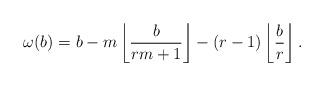
LaTeX: \begin{align*}\omega(b) = b-m\left\lfloor\frac{b}{rm+1}\right\rfloor-(r-1)\left\lfloor\frac{b}{r}\right\rfloor.\end{align*}